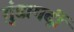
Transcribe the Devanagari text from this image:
ग़ुंडागर्दी